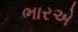
ભારએ